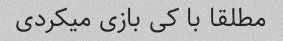
مطلقا با کی بازی میکردی